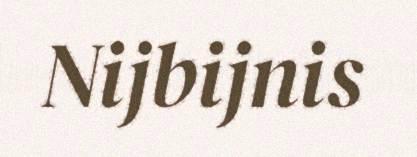
Nijbijnis